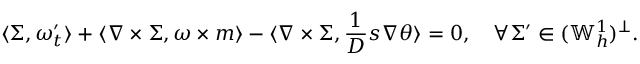
\langle \Sigma , \omega _ { t } ^ { \prime } \rangle + \langle \nabla \times \Sigma , \omega \times m \rangle - \langle \nabla \times \Sigma , \frac { 1 } { D } s \nabla \theta \rangle = 0 , \quad \forall \Sigma ^ { \prime } \in ( \mathbb { W } _ { h } ^ { 1 } ) ^ { \perp } .